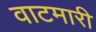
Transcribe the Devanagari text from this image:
वाटमारी